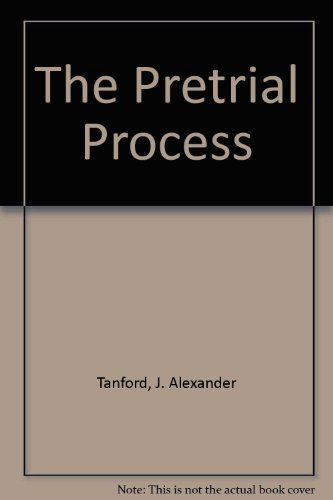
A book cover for The Pretrial Process; J. Alexander Tanford; Law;